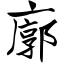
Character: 廓